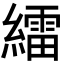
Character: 𦆙